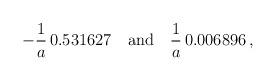
LaTeX: \begin{align*}-\frac{1}{a}\,0.531627 \quad \mbox{and}\quad \frac{1}{a}\,0.006896\,{,}\end{align*}